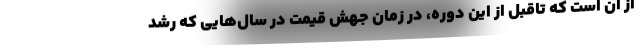
از آن است که تاقبل از این دوره، در زمان جهش قیمت در سال‌هایی که رشد